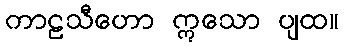
ကာဠသီဟော ဣသော ပျထ။